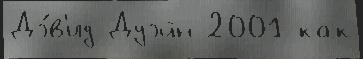
Дэ́в'ид Дуэйн 2001 как